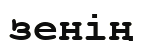
зенің